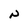
Character: n